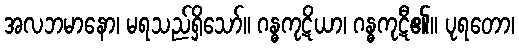
အလဘမာနော၊ မရသည်ရှိသော်။ ဂန္ဓကုဋိယာ၊ ဂန္ဓကုဋီ၏။ ပုရတော၊